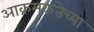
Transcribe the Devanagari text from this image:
आक्रमकतेच्या